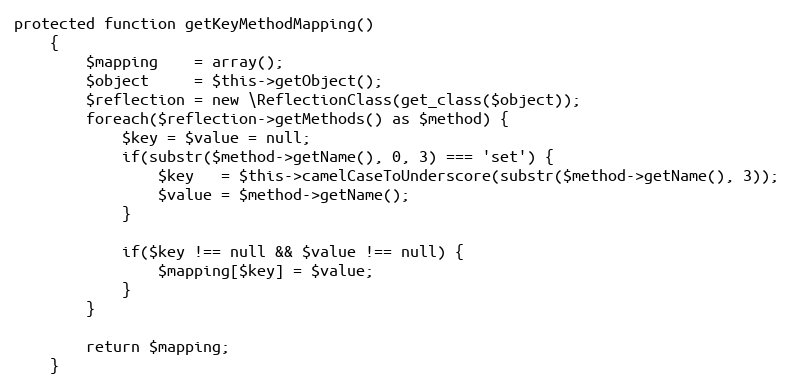
Language: PHP
protected function getKeyMethodMapping()
    {
        $mapping    = array();
        $object     = $this->getObject();
        $reflection = new \ReflectionClass(get_class($object));
        foreach($reflection->getMethods() as $method) {
            $key = $value = null;
            if(substr($method->getName(), 0, 3) === 'set') {
                $key   = $this->camelCaseToUnderscore(substr($method->getName(), 3));
                $value = $method->getName();
            }

            if($key !== null && $value !== null) {
                $mapping[$key] = $value;
            }
        }

        return $mapping;
    }